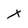
Character: x